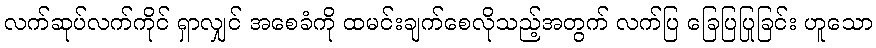
လက်ဆုပ်လက်ကိုင် ရှာလျှင် အစေခံကို ထမင်းချက်စေလိုသည့်အတွက် လက်ပြ ခြေပြပြုခြင်း ဟူသော